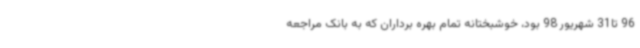
96 تا31 شهریور 98 بود، خوشبختانه تمام بهره برداران که به بانک مراجعه